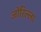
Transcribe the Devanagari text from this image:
जोरिल्ला